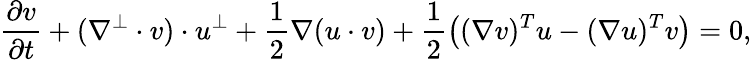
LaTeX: \frac{\partial v}{\partial t}+(\nabla^{\perp}\cdot v)\cdot u^{\perp}+\frac{1}{2}\nabla(u\cdot v)+\frac{1}{2}\left((\nabla v)^{T}u-(\nabla u)^{T}v\right)=0,